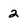
Character: 2